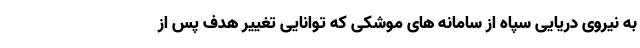
به نیروی دریایی سپاه از سامانه های موشکی که توانایی تغییر هدف پس از